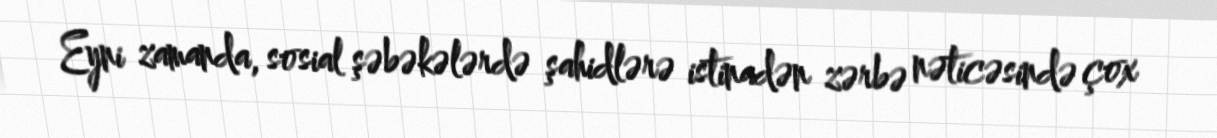
Eyni zamanda, sosial şəbəkələrdə şahidlərə istinadən zərbə nəticəsində çox